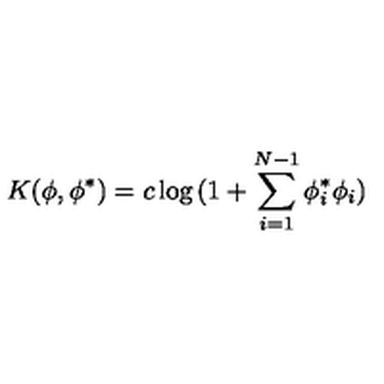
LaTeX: K ( \phi , \phi ^ { * } ) = c \log { ( 1 + \sum _ { i = 1 } ^ { N - 1 } \phi _ { i } ^ { * } \phi _ { i } ) }